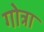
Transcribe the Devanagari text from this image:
गोत्रा